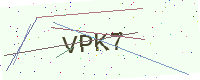
Text: VPK7